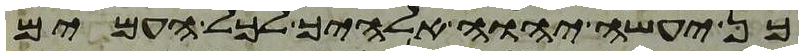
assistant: כן יעשה יהוה אלהיך לכל העמים